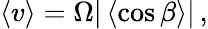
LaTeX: \begin{array}{r}{\left\langle v\right\rangle=\Omega|\left\langle\cos\beta\right\rangle|\, ,}\end{array}